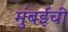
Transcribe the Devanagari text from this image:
मुुंबईची